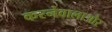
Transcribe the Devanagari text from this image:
करनेवालाऔर